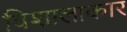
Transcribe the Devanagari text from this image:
विशालाकार